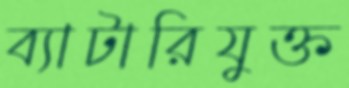
ব্যাটারিযুক্ত